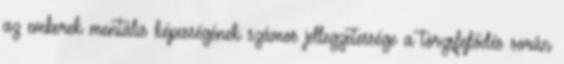
az emberek mentális képességének számos jellegzetessége a törzsfejlődés során